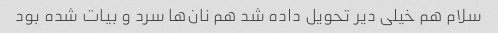
سلام هم خیلی دیر تحویل داده شد هم نان‌ها سرد و بیات شده بود